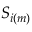
{ \boldsymbol { S } } _ { \boldsymbol { { i } } \left( \boldsymbol { { m } } \right) }